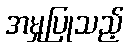
အမှုပြုသည့်